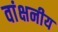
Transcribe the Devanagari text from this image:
वांक्षनीय